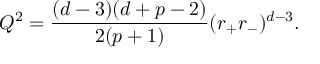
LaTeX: Q ^ { 2 } = \frac { ( d - 3 ) ( d + p - 2 ) } { 2 ( p + 1 ) } ( r _ { + } r _ { - } ) ^ { d - 3 } .